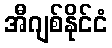
အီဂျစ်နိုင်ငံ